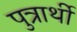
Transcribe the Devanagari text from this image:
पुत्रार्थी